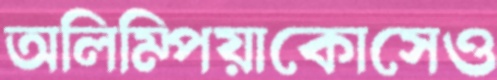
অলিম্পিয়াকোসেও